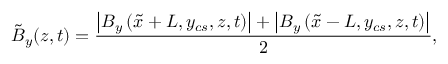
\tilde { B } _ { y } ( z , t ) = \frac { \left| B _ { y } \left( \tilde { x } + L , y _ { c s } , z , t \right) \right| + \left| B _ { y } \left( \tilde { x } - L , y _ { c s } , z , t \right) \right| } { 2 } ,